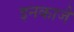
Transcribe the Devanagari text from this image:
इनकाजै